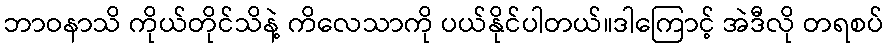
ဘာဝနာသိ ကိုယ်တိုင်သိနဲ့ ကိလေသာကို ပယ်နိုင်ပါတယ်။ဒါကြောင့် အဲဒီလို တရစပ်